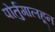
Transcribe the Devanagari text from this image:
पोर्तुगालहून